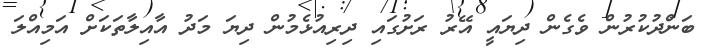
ބަންދުކުރުން ވެގެން ދިޔައީ އޭރު ރަށުގައި ދިރިއުޅެމުން ދިޔަ މަދު އާއިލާތަކަށް އަމިއްލަ